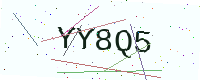
Text: YY8Q5